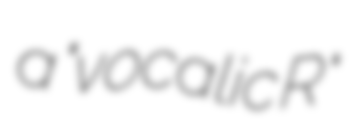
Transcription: a "vocalic R̄"